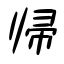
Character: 帰